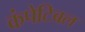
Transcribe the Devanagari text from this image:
कंपेटिबल